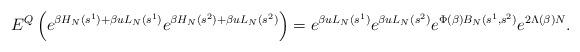
LaTeX: \begin{align*} E^{Q}\left(e^{\beta H_N(s^1)+\beta u L_N(s^1)} e^{\beta H_N(s^2)+\beta u L_N(s^2) }\right)=e^{\beta u L_N(s^1)} e^{\beta u L_N(s^2)} e^{\Phi(\beta)B_N(s^1, s^2)}e^{2\Lambda(\beta)N}.\end{align*}